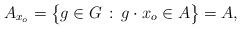
LaTeX: \begin{align*}A_{x_o} = \big\{ g \in G \, : \, g \cdot x_o \in A \big\} = A,\end{align*}